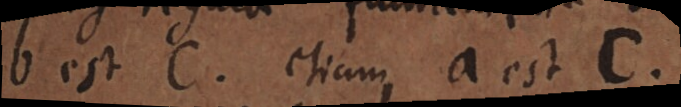
b est c. etiam a est c.